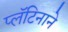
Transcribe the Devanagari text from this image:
प्लॅटिनाने